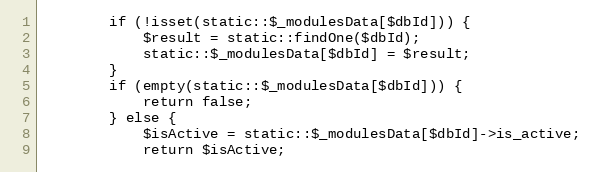
Language: PHP
        if (!isset(static::$_modulesData[$dbId])) {
            $result = static::findOne($dbId);
            static::$_modulesData[$dbId] = $result;
        }
        if (empty(static::$_modulesData[$dbId])) {
            return false;
        } else {
            $isActive = static::$_modulesData[$dbId]->is_active;
            return $isActive;